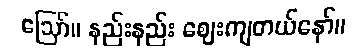
ဪ။ နည်းနည်း ဈေးကျတယ်နော်။